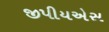
જીપીયએસ